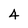
Character: 4